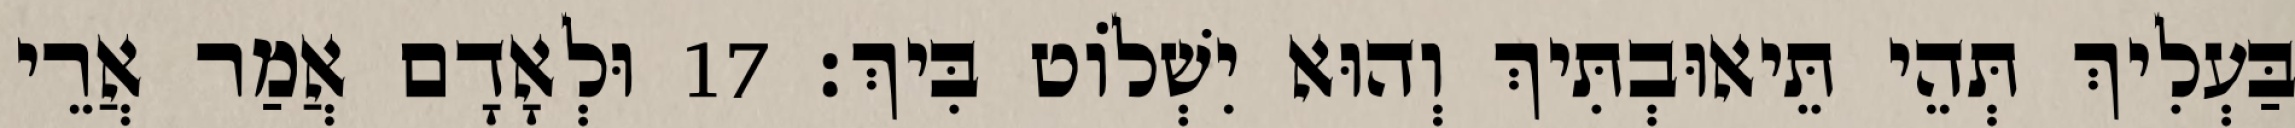
בַּעְלִיךְ תְּהֵי תֵּיאוּבְתִּיךְ וְהוּא יִשְׁלוֹט בִּיךְ׃ 17 וּלְאָדָם אֲמַר אֲרֵי